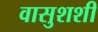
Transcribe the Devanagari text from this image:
वासुशशी